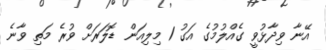
އޭނާ ވިދާޅުވީ ގެއްލުމުގެ އަގު 1 މިލިއަން ޑޮލަރަށް ވުރެ މަތި ވާނެ